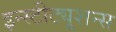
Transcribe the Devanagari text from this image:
इन्स्टीट्यूशन्स